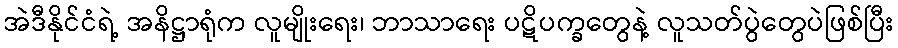
အဲဒီနိုင်ငံရဲ့ အနိဋ္ဌာရုံက လူမျိုးရေး၊ ဘာသာရေး ပဋိပက္ခတွေနဲ့ လူသတ်ပွဲတွေပဲဖြစ်ပြီး